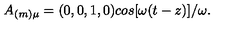
A _ { ( m ) \mu } = ( 0 , 0 , 1 , 0 ) c o s [ \omega ( t - z ) ] / \omega .